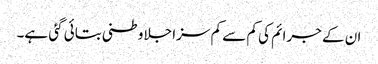
ان کے جرائم کی کم سے کم سزا جلاوطنی بتائی گئی ہے۔